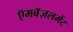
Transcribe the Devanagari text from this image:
ऍमबॅज़लमेंट